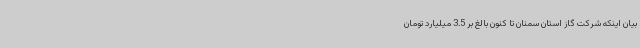
بیان اینکه شرکت گاز استان سمنان تا کنون بالغ بر 3.5 میلیارد تومان